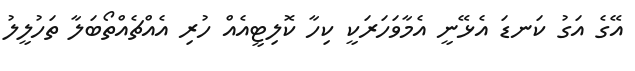
އޭގެ އަގު ކަނޑަ އެޅޭނީ އެމާވަހަރަކީ ކިހާ ކޮލިޓީއެއް ހުރި އެއްޗެއްތޯބަލާ ތަހުލީލު